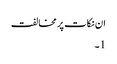
ان نکات پر مخالفت
1۔